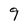
Character: 9